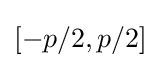
[-p/2,p/2]